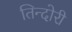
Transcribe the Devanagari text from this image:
तिन्दोरी